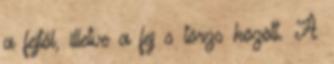
a fejtől, illetve a fej s törzs között. A